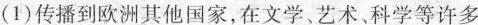
(1)传播到欧洲其他国家，在文学、艺术、科学等许多